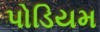
પોડિયમ